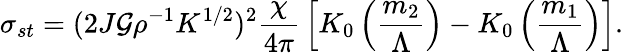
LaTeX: \sigma_{st}=(2J\mathcal{G}\rho^{-1}K^{1/2})^{2}{\frac{{\chi}}{{4\pi}}}\left[K_{0}\left({\frac{{m_{2}}}{{\Lambda}}}\right)-K_{0}\left({\frac{{m_{1}}}{{\Lambda}}}\right)\right].